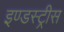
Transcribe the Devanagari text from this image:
इण्डस्ट्रीस